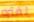
لفتره